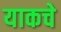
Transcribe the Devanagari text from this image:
याकचे